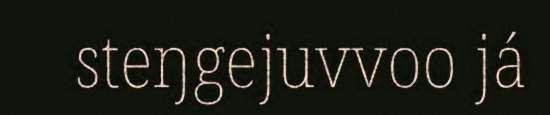
steŋgejuvvoo já